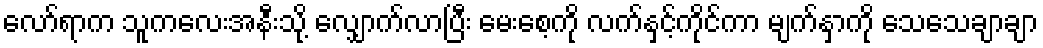
လော်ရာက သူကလေးအနီးသို့ လျှောက်လာပြီး မေးစေ့ကို လက်နှင့်ကိုင်ကာ မျက်နှာကို သေသေချာချာ